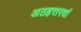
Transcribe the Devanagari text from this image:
अठहत्तरवां